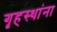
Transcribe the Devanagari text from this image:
गृहस्थांना